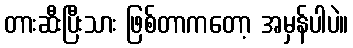
တားဆီးပြီးသား ဖြစ်တာကတော့ အမှန်ပါပဲ။